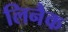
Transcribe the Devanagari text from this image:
लिनैक